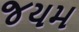
જયમ